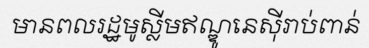
មានពលរដ្ឋមូស្លីមឥណ្ឌូនេស៊ីរាប់ពាន់